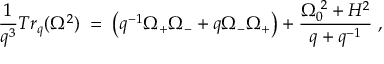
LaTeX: \frac { 1 } { q ^ { 3 } } T r _ { q } ( \Omega ^ { 2 } ) \; = \; \left( q ^ { - 1 } \Omega _ { + } \Omega _ { - } + q \Omega _ { - } \Omega _ { + } \right) + \frac { \Omega _ { 0 } ^ { \; 2 } + H ^ { 2 } } { q + q ^ { - 1 } } \; ,